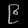
Digit: ၉